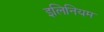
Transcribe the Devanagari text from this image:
इलिनियम